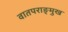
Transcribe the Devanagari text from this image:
वातपराङ्‌मुख